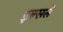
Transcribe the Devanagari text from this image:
इल्सले